Indian journal of veterinary science and animal husbandry - Volumes 18-21, 1948-1951
Year: 1948
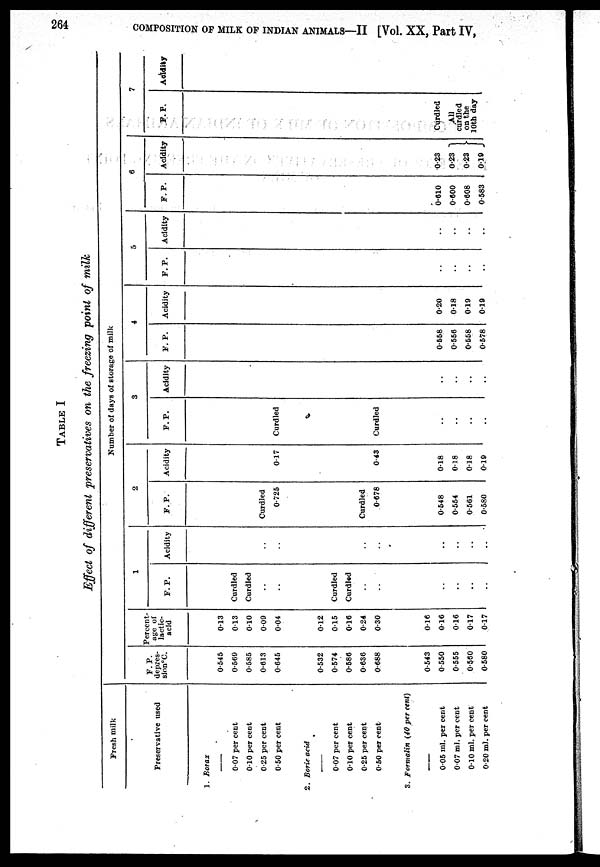
264
COMPOSITION OF MILK OF INDIAN ANIMALS—II [Vol. XX, Part IV,
TABLE I
Effect of different preservatives on the freezing point of milk
Fresh milk
Preservative used
1. Borax
—
0.07 per cent
0.10 per cent
0.25 per cent
0.50 per cent
2. Boric acid
—
0.07 per cent
0.10 per cent
0.25 per cent
0.50 per cent
3. Formalin (40 per cent)
—
0.05 ml. per cent
0.07 ml. per cent
0.10 ml. per cent
0.20 ml. per cent
Number of days of storage of milk
F. P.
depres-
sionºC.
0.545
0.569
0.585
0.613
0.645
0.532
0.574
0.586
0.636
0.688
0.543
0.550
0.555
0.560
0.580
Percent-
age of
lactic¬
acid
0.13
0.13
0.10
0.09
0.04
0.12
0.15
0.16
0.24
0.30
0.16
0.16
0.16
0.17
0.17
1
F. P.
Curdled
Curdled
..
..
Curdled
Curdled
..
..
..
..
..
..
Acidity
..
..
..
..
..
..
..
..
2
F. P.
Curdled
0.725
Curdled
0.678
0.548
0.554
0.561
0.580
Acidity
0.17
0.43
0.18
0.18
0.18
0.19
3
F.P.
Curdled
Curdled
..
..
..
..
Acidity
..
..
..
..
4
F. P.
0.558
0.556
0.558
0.578
Acidity
0.20
0.18
0.19
0.19
5
F. P.
..
..
..
..
Acidity
..
..
..
..
6
F. P.
0.610
0.600
0.608
0.583
Acidity
0.23
0.23
0.23
0.19
7
F. P.
Curdled
All
curdled
on the
10th day
Acidity